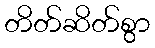
တိတ်ဆိတ်စွာ